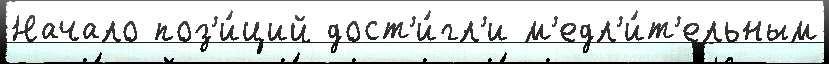
Начало поз'и́ций дост'и́гл'и м'едл'и́т'ельным